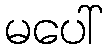
မပေါ်